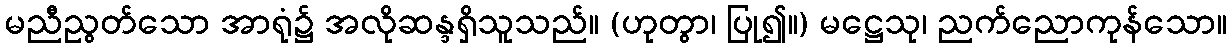
မညီညွတ်သော အာရုံ၌ အလိုဆန္ဒရှိသူသည်။ (ဟုတွာ၊ ပြု၍။) မဋ္ဌေသု၊ ညက်ညောကုန်သော။